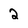
Character: 2